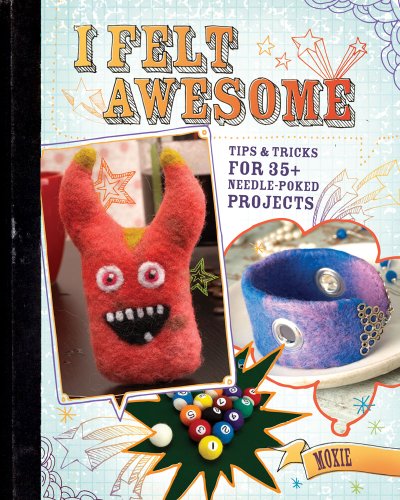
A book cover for I Felt Awesome: Tips and Tricks for 35+ Needle-Poked Projects; Moxie; Crafts, Hobbies & Home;